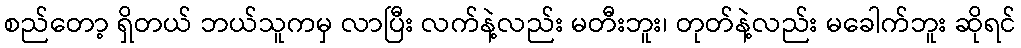
စည်တော့ ရှိတယ် ဘယ်သူကမှ လာပြီး လက်နဲ့လည်း မတီးဘူး၊ တုတ်နဲ့လည်း မခေါက်ဘူး ဆိုရင်